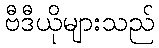
ဗီဒီယိုများသည်